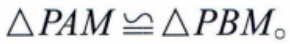
\(\triangle PAM\cong\triangle PBM_{\circ}\)